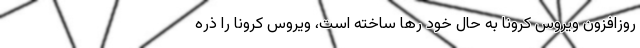
روزافزون ویروس کرونا به حال خود رها ساخته است، ویروس کرونا را ذره